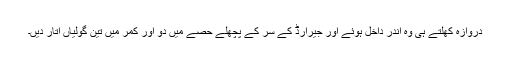
دروازہ کھلتے ہی وہ اندر داخل ہوئے اور جیرارڈ کے سر کے پچھلے حصے میں دو اور کمر میں تین گولیاں اتار دیں۔